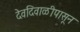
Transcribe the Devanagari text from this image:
देवदिवाळीपासून